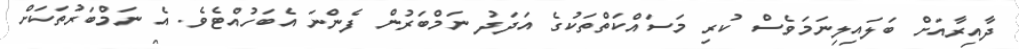
ދާއިރާއަށް ބަލައިލިނަމަވެސް ކުރި މަސައްކަތްތަކުގެ އަދަދު ނަމްބަރުން ފެންނަ އެބަހުއްޓެވެ. އެ ނަމްބަރުތަކަށް